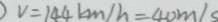
V = 1 4 4 k m / h = 4 0 m / s